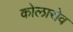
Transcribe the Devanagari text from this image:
कोलारोव